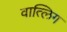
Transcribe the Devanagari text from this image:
वात्लिग